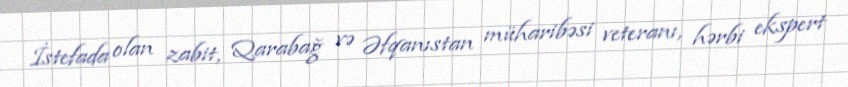
İstefada olan zabit, Qarabağ və Əfqanıstan müharibəsi veteranı, hərbi ekspert